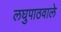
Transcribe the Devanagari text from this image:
लघुपाठवाले